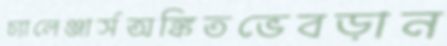
চ্যালেঞ্জার্সঅঙ্কিতভেবড়ান